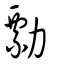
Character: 勡